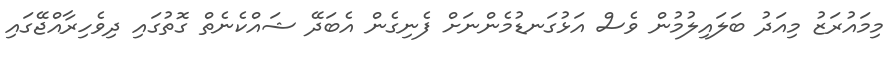
މިމައުރަޒު މިއަދު ބަލައިލުމުން ވެސް އަޅުގަނޑުމެންނަށް ފެނިގެން އެބަދޭ ޝައްކެނެތް ގޮތުގައި ދިވެހިރާއްޖޭގައި